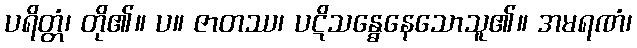
ပရိတ္တံ၊ တို၏။ ပ။ ဇာတဿ၊ ပဋိသန္ဓေနေသောသူ၏။ အမရဏံ၊